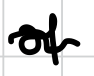
Text: of
Cross-out: wave
Writing tool: digital_black